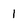
Character: 1